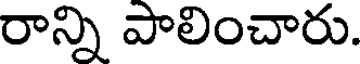
రాన్ని పాలించారు.